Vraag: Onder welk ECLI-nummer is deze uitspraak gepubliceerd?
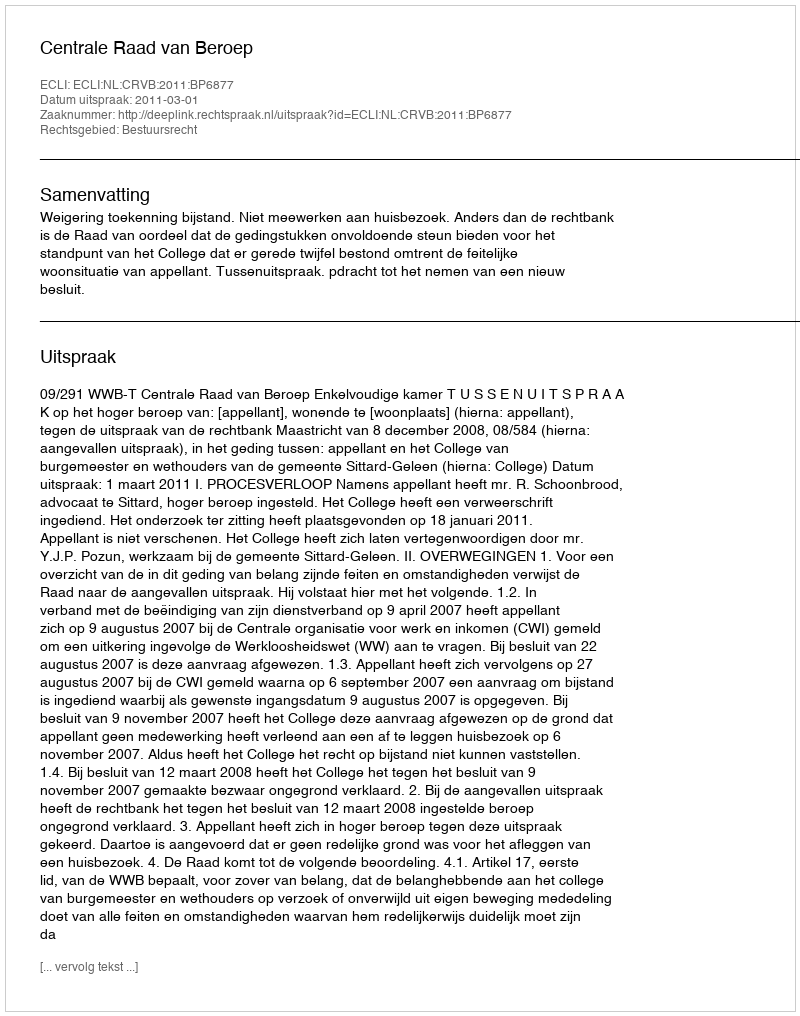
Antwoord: ECLI:NL:CRVB:2011:BP6877